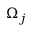
\Omega _ { j }